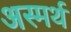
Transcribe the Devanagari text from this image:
अस्मर्थ